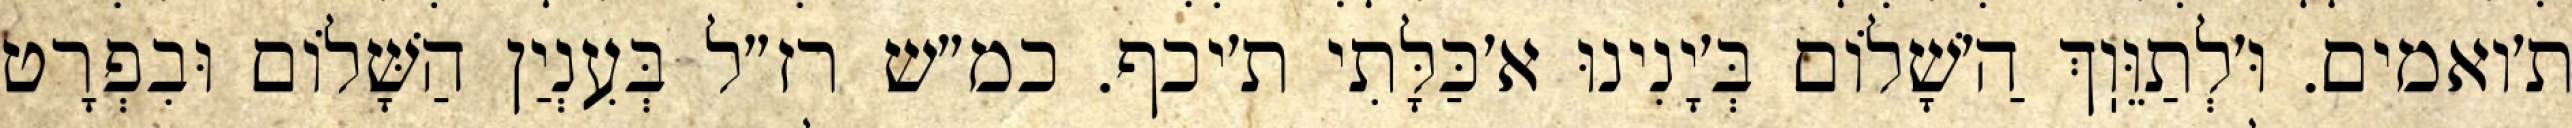
ת׳ואמים. וּ׳לְתַוֵּוֽךְ הַ׳שָׁלוֹם בְּ׳יָנִינוּ א׳כַּלָּתִי ת׳יכף. כמ״ש רז״ל בְּעִנְיַן הַשָּׁלוֹם וּבִפְרָט